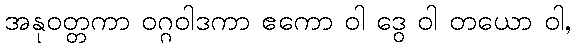
အနုဝတ္တကာ ဝဂ္ဂဝါဒကာ ဧကော ဝါ ဒွေ ဝါ တယော ဝါ,